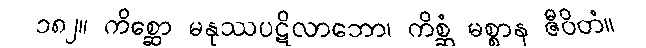
၁၈၂။ ကိစ္ဆော မနုဿပဋိလာဘော၊ ကိစ္ဆံ မစ္စာန ဇီဝိတံ။